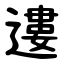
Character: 遱